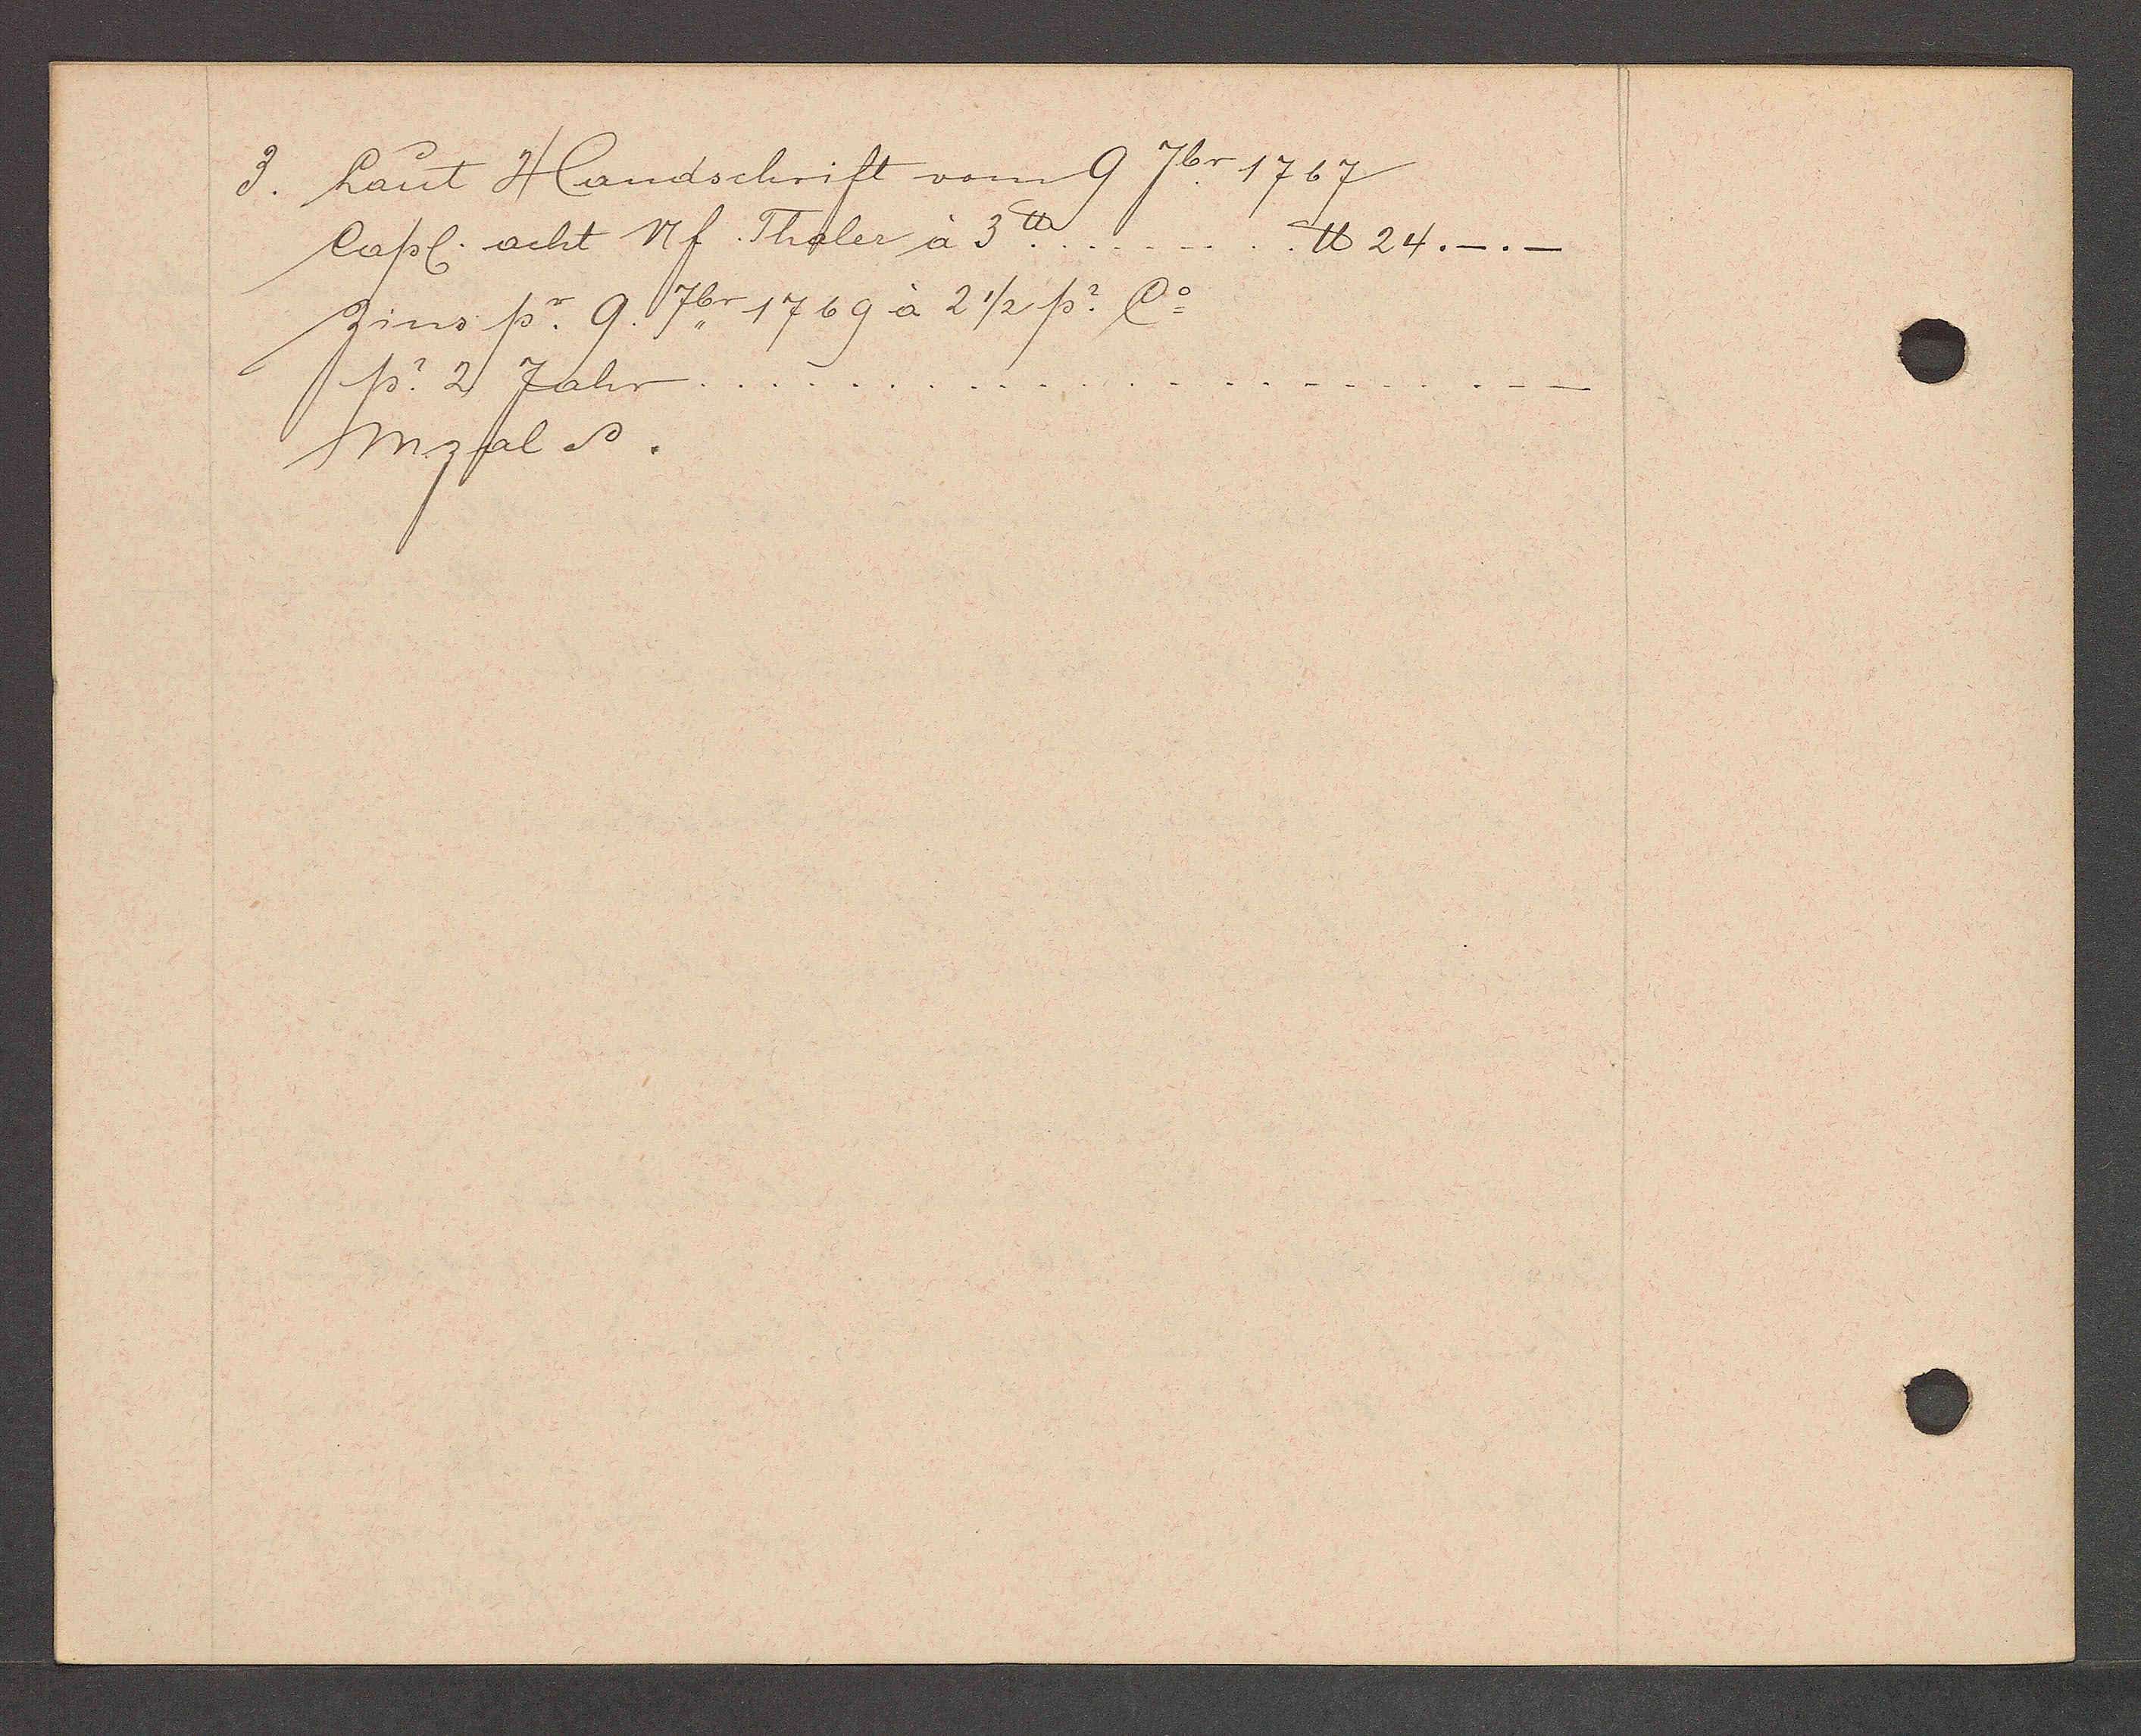
Transcript:
3. Laut Handschrift vom 9 7br 1767

Capl. acht nf Thaler à 3 ℔........
℔ 24._.
Zins p. 9. 7br. 1769 à 2 1/2 p. Co
p 2 Jahr.
Mzal S.